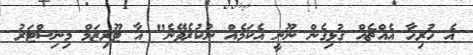
އެ ހުރިހާ އެއްޗެއް ގުޅިގެން ނޫނީ އެކަމެއް ނުކުރެވޭނެ" އާ ޓޫރިޒަމް މިނިސްޓަރު